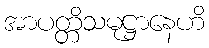
အာပတ္တိသမုဋ္ဌာနေဟိ